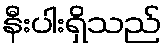
နီးပါးရှိသည်